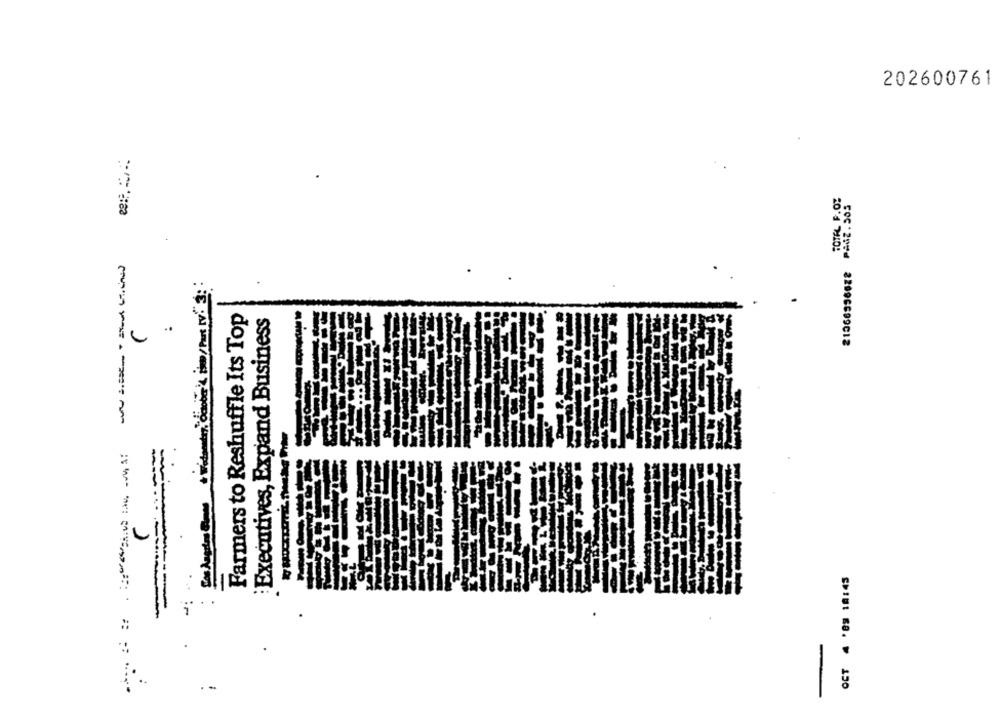
202600761
TOTAL F.O.
Farmers to Reshuffle Its Top
:Executives, Expand Business
500 *204 22096699C12
-